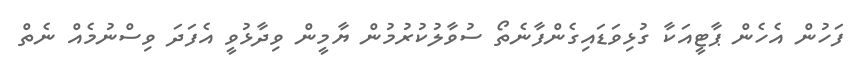
ފަހުން އެހެން ޕާޓީއަކާ ގުޅިވަޑައިގެންފާނެތޯ ސުވާލުކުރުމުން ޔާމީން ވިދާޅުވީ އެފަދަ ވިސްނުމެއް ނެތް